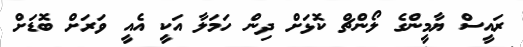
ރައީސް ޔާމީންގެ ލޯންޗް ކޮޅަށް ދިން ހަމަލާ އަކީ އެއީ ވަރަށް ބޮޑަށް